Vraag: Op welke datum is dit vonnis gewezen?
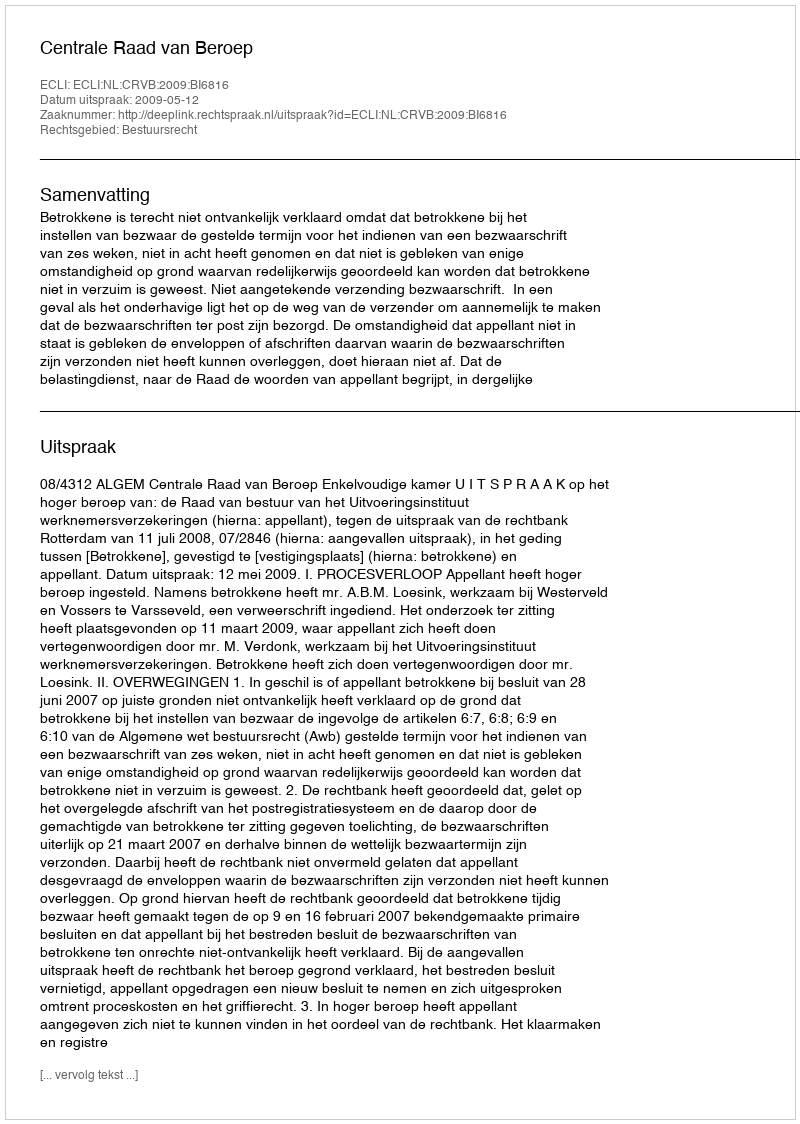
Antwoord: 2009-05-12